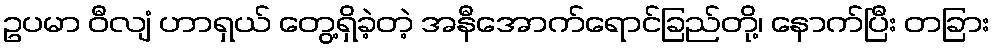
ဥပမာ ဝီလျံ ဟာရှယ် တွေ့ရှိခဲ့တဲ့ အနီအောက်ရောင်ခြည်တို့၊ နောက်ပြီး တခြား